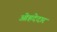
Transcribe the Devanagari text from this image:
ओहदेदार